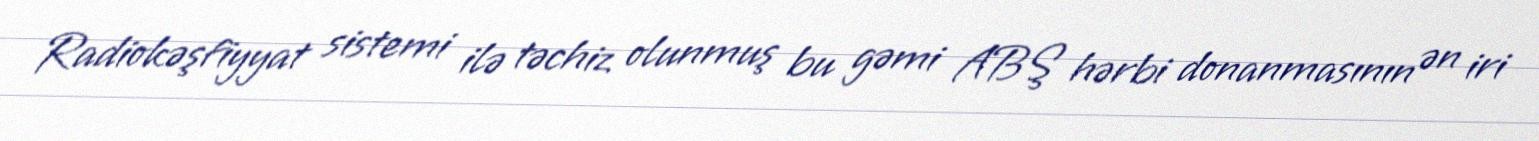
Radiokəşfiyyat sistemi ilə təchiz olunmuş bu gəmi ABŞ hərbi donanmasının ən iri